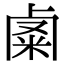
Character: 𥹟